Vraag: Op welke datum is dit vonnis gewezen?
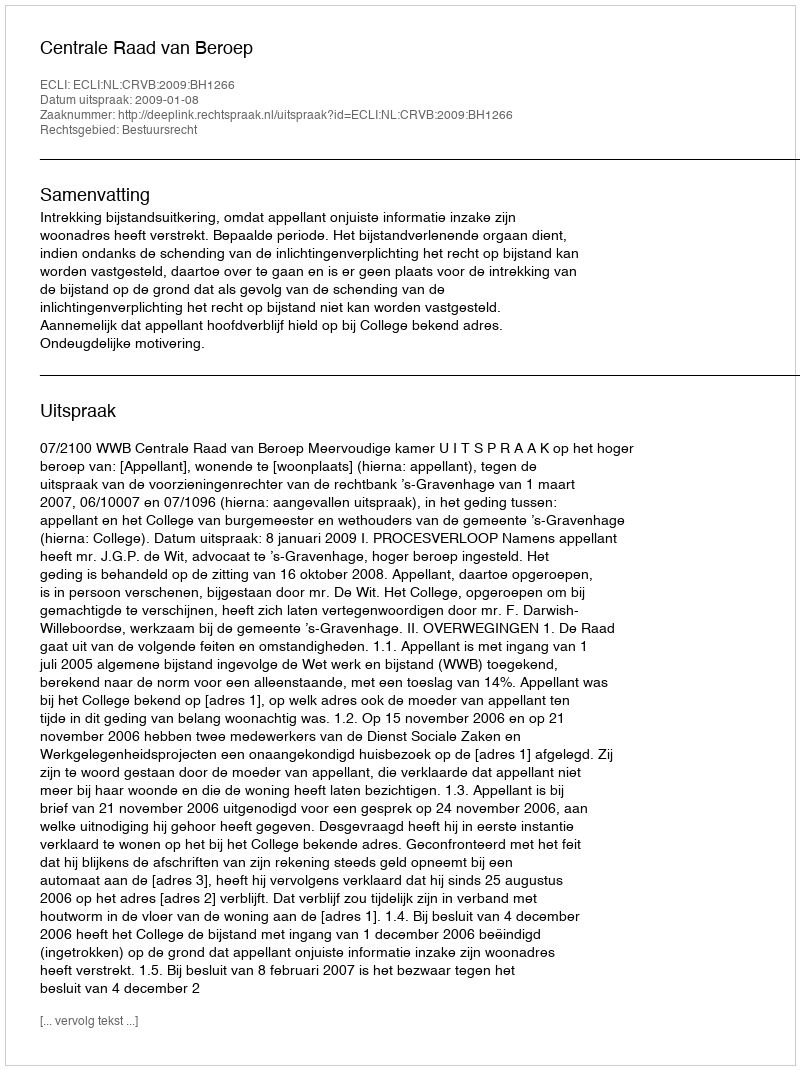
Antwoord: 2009-01-08